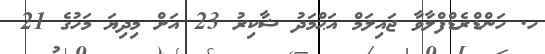
ހ. ހަންޑްރެޑްފްލާވާ ޖައިލަމް އަޙްމަދު ޝާކިރު 23 އަށް މިދިޔަ މަހުގެ 21